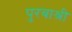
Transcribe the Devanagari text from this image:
पुरबाश्री